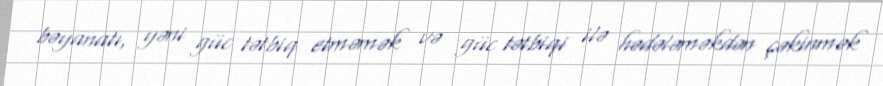
bəyanatı, yəni güc tətbiq etməmək və güc tətbiqi ilə hədələməkdən çəkinmək